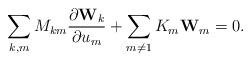
LaTeX: \begin{align*}\sum\limits_{k,m} M_{km} \frac{\partial {\bf W}_k}{\partial u_m} +\sum\limits_{m\ne 1} K_m {\bf W}_m = 0.\end{align*}